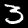
Digit: 3